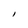
Character: l